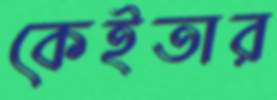
কেইতার